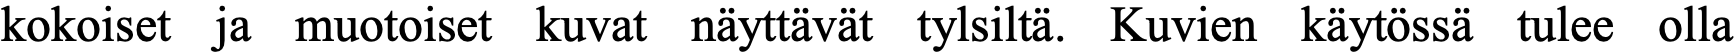
kokoiset ja muotoiset kuvat näyttävät tylsiltä. Kuvien käytössä tulee olla